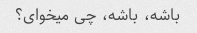
باشه، باشه، چی میخوای؟